Bombay plague: being a history of the progress of plague in the Bombay presidency from September 1896 to June 1899
Year: 1896
Disease focus: Plague
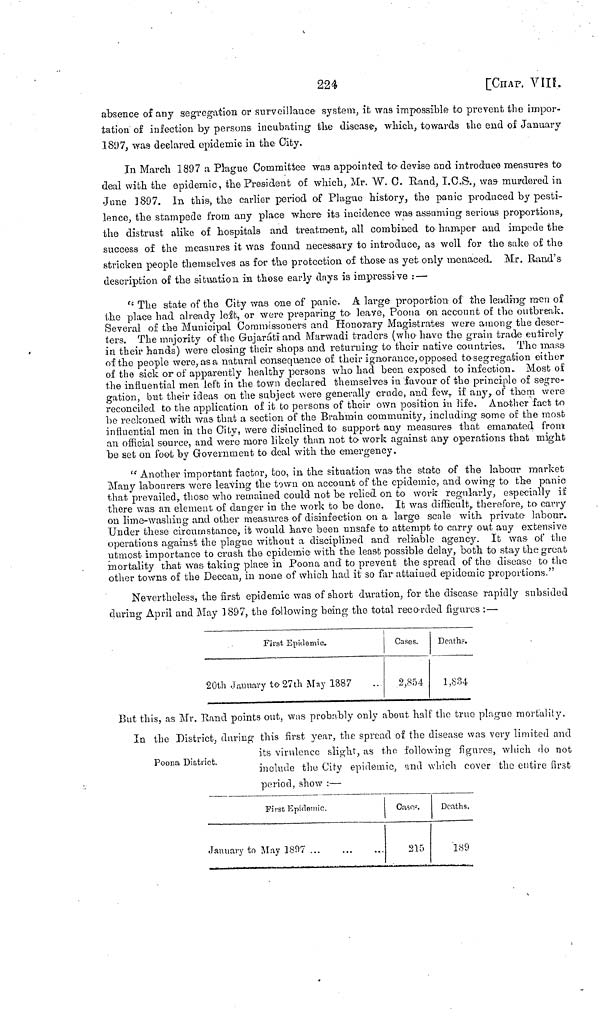
224
[CHAP. VIII.
absence of any segregation or surveillance system,, it was impossible to prevent the impor-
tation of infection by persons incubating the disease, which, towards the end of January
1897, was declared epidemic in the City.
In March 1897 a Plague Committee was appointed to devise and introduce measures to
deal with the epidemic, the President of which, Mr. W. C. Rand, I.C.S., was murdered in
June 1897. In this, the earlier period of Plague history, the panic produced by pesti-
lence, the stampede from any place where its incidence was assuming serious proportions,
the distrust alike of hospitals and treatment, all combined to hamper and impede the
success of the measures it was found necessary to introduce, as well for the sake oí the
stricken people themselves as for the protection of those as yet. only menaced. Mr. Rand's
description of the situation in those early days is impressive : —
"The state of the City was one of panic. A large proportion of the leading men of
the place had already left, or were preparing to leave, Poona on account of the outbreak.
Several of the Municipal Commissoners and Honorary Magistrates were among the deser-
ters. The majority of the Gujaráti and Marwadi traders (who have the grain trade entirely
in their hands) were closing their shops and returning to their native countries. The mass
of the people were, asa natural consequence of their ignorance, opposed segregation either
of the sick or of apparently healthy persons who had been exposed to infection. Most of
the influential men left in the town declared themselves in favour of the principle of segre-
gation, but their ideas on the subject were generally crude, and few, if any, of them were
reconciled to the application of it to persons of their own position in life. Another fact to
be reckoned with was that a section of the Brahmin community, including some of the most
influential men in the City, were disinclined to support any measures that emanated from
an official source, and were more likely than not to work against any operations that might
be set on foot by Government to deal with the emergency.
"Another important factor, too, in, the situation was the state of the labour market
Many labourers were leaving the town on account of the epidemic, and owing to the panic
that prevailed, those who remained could not be relied, on to work regularly, especially if
there was an element of danger in the work to be done. It was difficult, therefore, to carry
on lime-washing and other measures of disinfection on a large scale with, private labour.
Under these circumstance, it would have been unsafe to attempt to carry out any extensive
operations against the plague without a disciplined and reliable agency. It was of the
utmost importance to crush the epidemic with the least possible delay, both to stay the great
mortality that was taking place in Poona and to prevent the spread of the disease to the
other towns of the Deccan, in none of which had it so far attained epidemic proportions."
Nevertheless, the first epidemic was of short duration, for the disease rapidly subsided
during April and May 1897, the following being the total recorded figures : —
First Epidemic.
20th January to 27th May 1887 ..
Cases.
2,854
Deaths.
1,834
But this, as Mr. Hand points out, was probably only about half the true plague mortality.
In the District, during this first year, the spread of the disease was very limited and
Poona District.
its virulence slight, as the following figures, which do not
include the City epidemic, and which cover the entire first
period, show :—
First Epidemic.
January to May 1897
...
...
...
Cases.
215
Deaths.
189